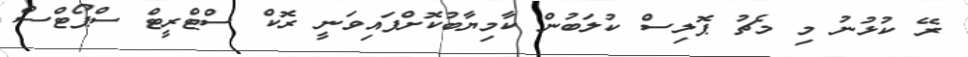
ރޭ ކުޅުނު މި މެޗު ޕޮލިސް ކުލަބުން ކާމިޔާބުކޮށްފައިވަނީ ރޮކް ސްޓްރީޓް ސްޕޯޓްސް